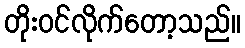
တိုးဝင်လိုက်တော့သည်။